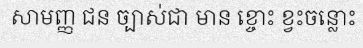
សាមញ្ញ ជន ច្បាស់ជា មាន ខ្ចោះ ខ្វះចន្លោះ